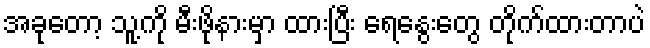
အခုတော့ သူ့ကို မီးဖိုနားမှာ ထားပြီး ရေနွေးတွေ တိုက်ထားတာပဲ